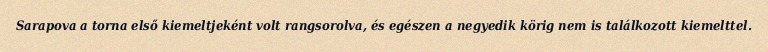
Sarapova a torna első kiemeltjeként volt rangsorolva, és egészen a negyedik körig nem is találkozott kiemelttel.